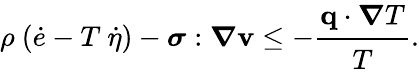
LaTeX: \rho~({\dot{e}}-T~{\dot{\eta}})-{\boldsymbol{\sigma}}:{\boldsymbol{\nabla}}\mathbf{v}\leq-{\cfrac{\mathbf{q}\cdot{\boldsymbol{\nabla}}T}{T}}.